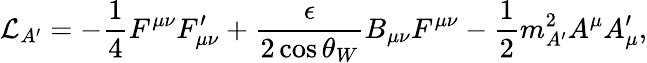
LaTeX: \mathcal{L}_{A^{\prime}}=-\frac{1}{4}F^{\mu\nu}F_{\mu\nu}^{\prime}+\frac{\epsilon}{2\cos\theta_{W}}B_{\mu\nu}F^{\mu\nu}-\frac{1}{2}m_{A^{\prime}}^{2}A^{\mu}A_{\mu}^{\prime},